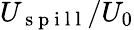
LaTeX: U_{\mathrm{~s~p~i~l~l~}}/U_{0}